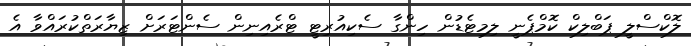
ލޮކްސްލީ ޕަބްލިކް ކޮމްޕެނީ ލިމިޓެޑުން ހިންގާ ސެކިއުރިޓީ ޓްރެއިނިން ސެންޓަރަށް ޒިޔާރަތްކުރައްވާ އެ